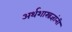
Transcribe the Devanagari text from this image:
अर्थशास्त्रज्ञांनी